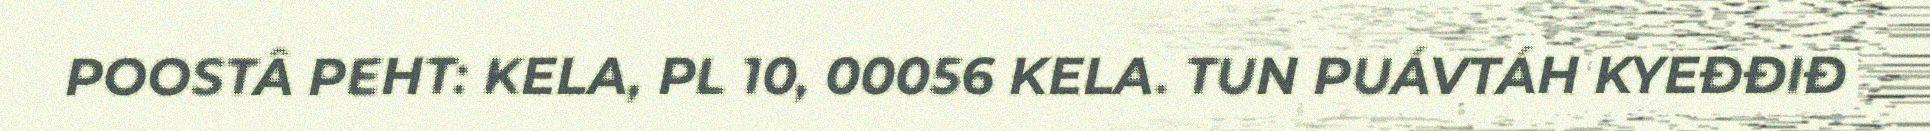
POOSTÂ PEHT: KELA, PL 10, 00056 KELA. TUN PUÁVTÁH KYEĐĐIĐ